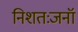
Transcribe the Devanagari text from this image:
निशतःजनॉ